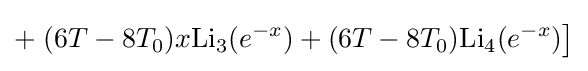
+\left.(6T-8T_{0})x\mathrm {Li} _{3}(e^{-x})+(6T-8T_{0})\mathrm {Li} _{4}(e^{-x})\right]